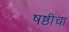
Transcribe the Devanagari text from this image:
षष्ठीचा